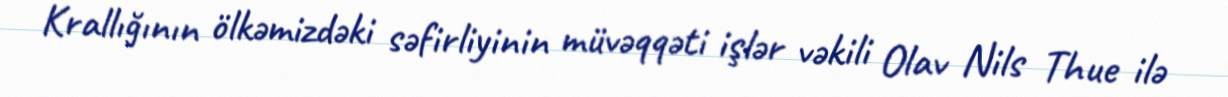
Krallığının ölkəmizdəki səfirliyinin müvəqqəti işlər vəkili Olav Nils Thue ilə